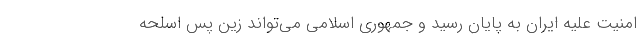
امنیت علیه ایران به پایان رسید و جمهوری اسلامی می‌تواند زین پس اسلحه